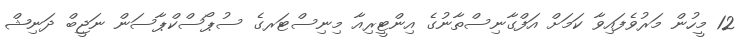
12 މީހުން މަރުވެފައިވާ ކަމަށް އަފްގާނިސްތާނުގެ އިންޓީރިއާ މިނިސްޓަރގެ ސުޕޯސްކްޕާސަން ނަޖީބް ދަނިޝް